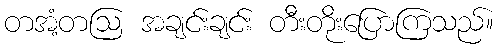
တအံ့တဩ အချင်းချင်း တီးတိုးပြောကြသည်။